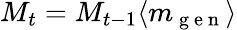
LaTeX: M_{t}=M_{t-1}\langle m_{\mathrm{~g~e~n~}}\rangle